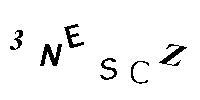
3NESCZ